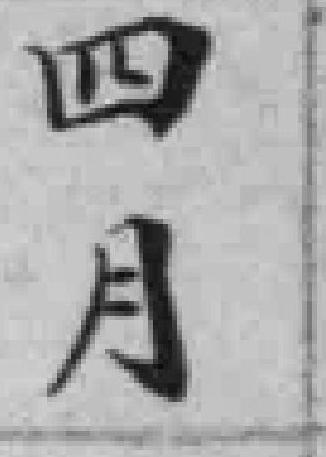
四月